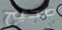
صحيح